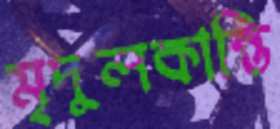
মৃদুলকান্তি